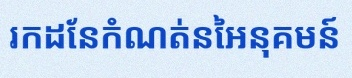
រកដែនកំណត់នៃអនុគមន៍